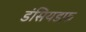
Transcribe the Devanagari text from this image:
डंसियडफ़